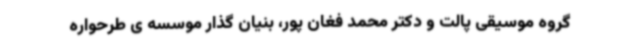
گروه موسیقی پالت و دکتر محمد فغان پور، بنیان گذار موسسه ی طرحواره